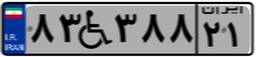
۸۳W۳۸۸۲۱